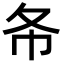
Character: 𢁙